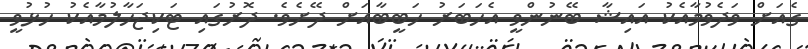
ގެއަށް ވަދެވުމާއެކު އައިޝާ ބޭނުންވީ އެހަބަރު ހަބީބާއަށް ދޭށެވެ. ދޮރުގައި ޓަކިޖަހާލުމާއެކު ހުޅުވީ